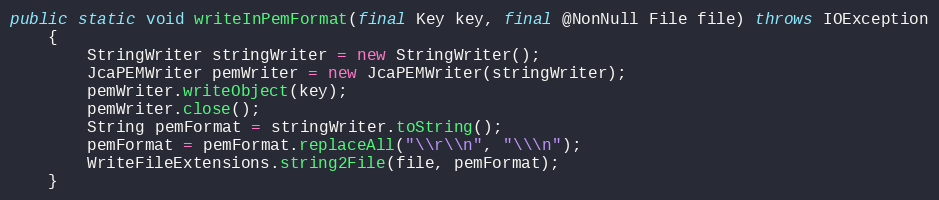
Language: Java
public static void writeInPemFormat(final Key key, final @NonNull File file) throws IOException
	{
		StringWriter stringWriter = new StringWriter();
		JcaPEMWriter pemWriter = new JcaPEMWriter(stringWriter);
		pemWriter.writeObject(key);
		pemWriter.close();
		String pemFormat = stringWriter.toString();
		pemFormat = pemFormat.replaceAll("\\r\\n", "\\\n");
		WriteFileExtensions.string2File(file, pemFormat);
	}